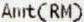
AMT(RM)